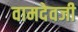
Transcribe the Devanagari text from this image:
वामदेवजी